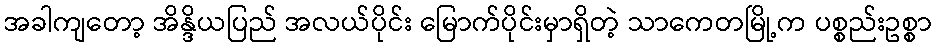
အခါကျတော့ အိန္ဒိယပြည် အလယ်ပိုင်း မြောက်ပိုင်းမှာရှိတဲ့ သာကေတမြို့က ပစ္စည်းဥစ္စာ